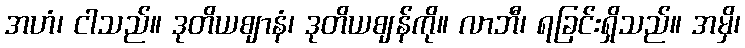
အဟံ၊ ငါသည်။ ဒုတိယဈာနံ၊ ဒုတိယဈန်ကို။ လာဘီ၊ ရခြင်းရှိသည်။ အမှိ၊